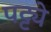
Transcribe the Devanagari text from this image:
पट्ट्ये